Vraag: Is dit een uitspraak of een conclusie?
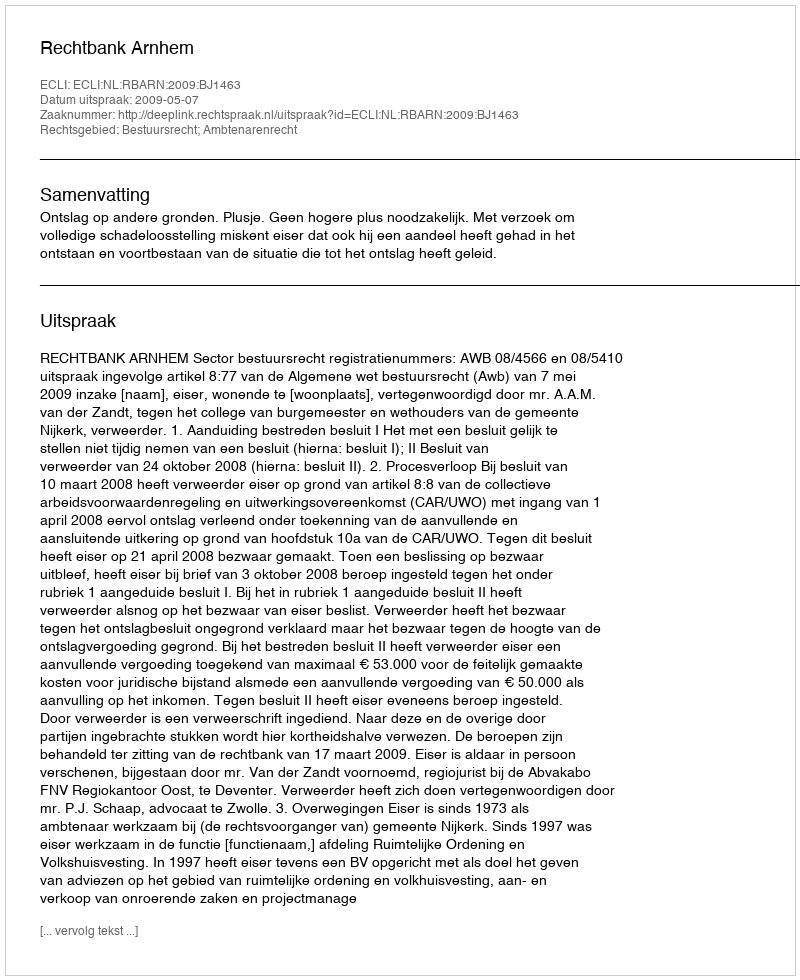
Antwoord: Uitspraak